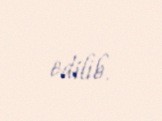
edilib.